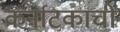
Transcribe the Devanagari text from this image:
कर्नाटकाची